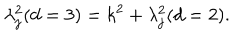
\lambda _ { j } ^ { 2 } ( d = 3 ) = k ^ { 2 } + \lambda _ { j } ^ { 2 } ( d = 2 ) .